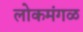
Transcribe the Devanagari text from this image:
लोकमंगळ